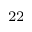
^ { 2 2 }